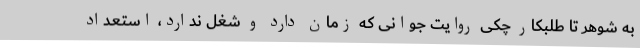
به شوهر تا طلبکار چکی روایت جوانی که زمان دارد و شغل ندارد، استعداد